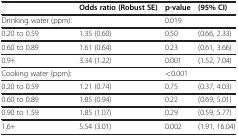
<table><thead><tr><td><b> </b></td><td><b>Odds ratio (Robust SE)</b></td><td><b>p-value</b></td><td><b>(95% CI)</b></td></tr></thead><tbody><tr><td>Drinking water (ppm):</td><td> </td><td>0.019</td><td> </td></tr><tr><td>0.20 to 0.59</td><td>1.35 (0.60)</td><td>0.50</td><td>(0.66, 2.33)</td></tr><tr><td>0.60 to 0.89</td><td>1.61 (0.64)</td><td>0.23</td><td>(0.61, 3.66)</td></tr><tr><td>0.9+</td><td>3.34 (1.22)</td><td>0.001</td><td>(1.52, 7.04)</td></tr><tr><td>Cooking water (ppm):</td><td> </td><td>&lt;0.001</td><td> </td></tr><tr><td>0.20 to 0.59</td><td>1.21 (0.74)</td><td>0.75</td><td>(0.37, 4.03)</td></tr><tr><td>0.60 to 0.89</td><td>1.85 (0.94)</td><td>0.22</td><td>(0.69, 5.01)</td></tr><tr><td>0.90 to 1.59</td><td>1.85 (1.07)</td><td>0.29</td><td>(0.59, 5.77)</td></tr><tr><td>1.6+</td><td>5.54 (3.01)</td><td>0.002</td><td>(1.91, 16.04)</td></tr></tbody></table>